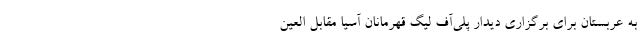
به عربستان برای برگزاری دیدار پلی‌آف لیگ قهرمانان آسیا مقابل العین